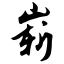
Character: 崭